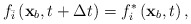
\begin{align*}{f_{\bar i}}\left( {{{\bf{x}}_b},t + \Delta t} \right) = f_i^*\left( {{{\bf{x}}_b},t} \right),\end{align*}